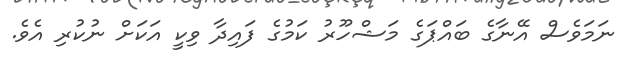
ނަމަވެސް އޭނާގެ ބައްޕަގެ މަޝްހޫރު ކަމުގެ ފައިދާ ވިކީ އަކަށް ނުކުރި އެވެ.